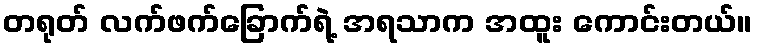
တရုတ် လက်ဖက်ခြောက်ရဲ့ အရသာက အထူး ကောင်းတယ်။